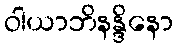
ဝါယာဘိနန္ဒိနော